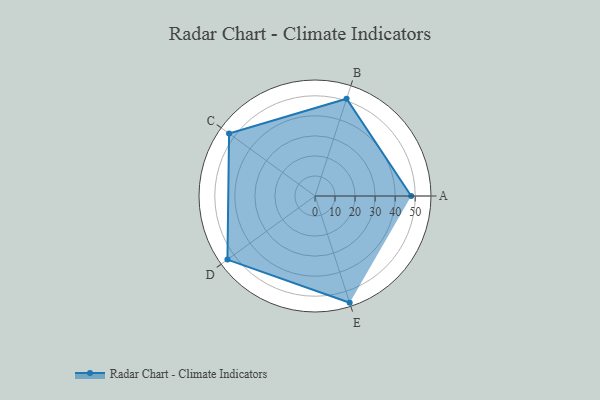
{"axis": {"x": "Skill", "y": "Score"}, "legend": ["Profile"], "data": [{"x": "A", "y": 48.0, "type": "Profile"}, {"x": "B", "y": 51.0, "type": "Profile"}, {"x": "C", "y": 53.0, "type": "Profile"}, {"x": "D", "y": 54.0, "type": "Profile"}, {"x": "E", "y": 56.0, "type": "Profile"}]}